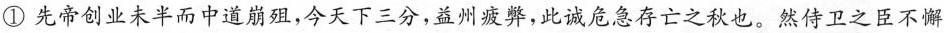
①先帝创业未半而中道崩殂，今天下三分，益州疲弊，此诚危急存亡之秋也。然侍卫之臣不懈